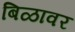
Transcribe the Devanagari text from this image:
बिळावर